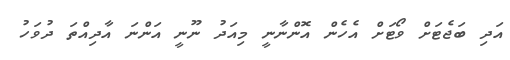
އަދި ބަޖެޓަށް ވޯޓަށް އެހެން އޮންނާނީ މިއަދު ނޫނީ އަންނަ އާދިއްތަ ދުވަހު